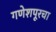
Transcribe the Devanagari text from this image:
गणेशपूरचा